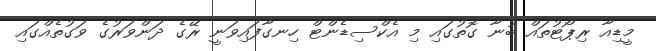
މީޑިއާ ރިޕޯޓުތައް ބުނާ ގޮތުގައި މި އެކްސިޑެންޓް ހިނގާފައިވަނީ ރޭގެ ދަންވަރުގެ ވަގުތެއްގައި